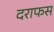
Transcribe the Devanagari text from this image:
दराफस